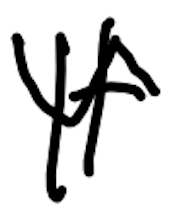
Text: It
Cross-out: wave
Writing tool: digital_black